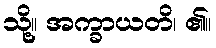
သို့။ အက္ခာယတိ၊ ၏။